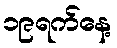
၁၉ရက်နေ့